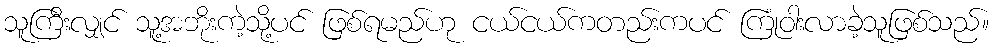
သူကြီးလျှင် သူ့အဘိုးကဲ့သို့ပင် ဖြစ်ရမည်ဟု ငယ်ငယ်ကတည်းကပင် ကြုံဝါးလာခဲ့သူဖြစ်သည်။